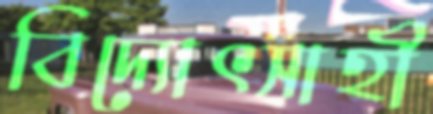
বিদ্যোৎসাহী